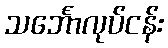
သင်္ဘောလုပ်ငန်း